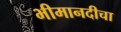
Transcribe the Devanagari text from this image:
भीमानदीचा